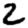
Digit: 2